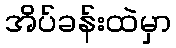
အိပ်ခန်းထဲမှာ